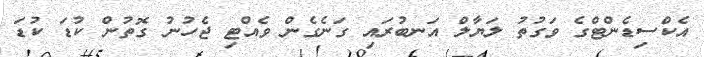
އެކްސިޑެންޓްގެ ވަގުތު ލަޔާލް އަނބުރައި ގަނެގެން ވެއްޓި ޖެހުނު ގޮތުން ކުޑަ ކުޑަ